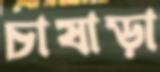
চাষাড়া